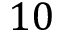
1 0